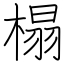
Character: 榻